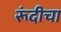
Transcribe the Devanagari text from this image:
रूंदीचा